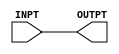
// This program was cloned from: https://github.com/furrtek/Arcade-TMNT_MiSTer
// License: GNU General Public License v2.0

// Fujitsu AV cell
// Buffer (Delay Cell)
// furrtek 2022

`timescale 1ns/100ps

module BD3(
	input INPT,
	output OUTPT
);

	assign #12 OUTPT = INPT;	// tmax = 11.8ns

endmodule